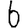
Digit: 6